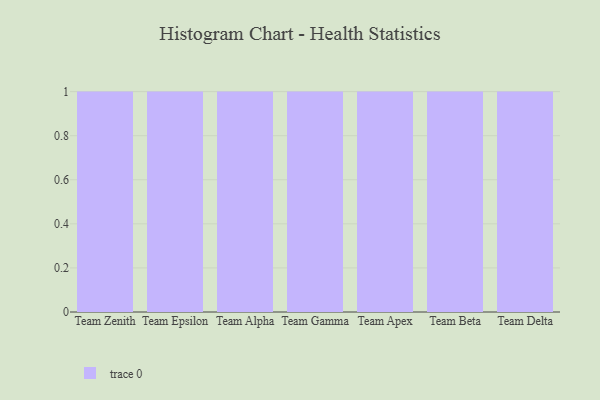
{"axis": {"x": "Team", "y": "Humidity (%)"}, "legend": [""], "data": [{"x": "Team Zenith", "y": 34, "type": ""}, {"x": "Team Epsilon", "y": 48, "type": ""}, {"x": "Team Alpha", "y": 99, "type": ""}, {"x": "Team Gamma", "y": 14, "type": ""}, {"x": "Team Apex", "y": 33, "type": ""}, {"x": "Team Beta", "y": 34, "type": ""}, {"x": "Team Delta", "y": 100, "type": ""}]}